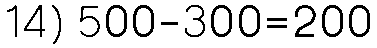
14) 500-300=200